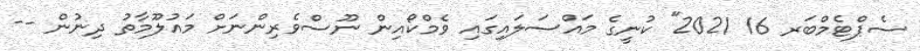
ސެޕްޓެމްބަރ 16 2021" ކުނީގެ މައްސަލައިގައި ވެމްކޯއިން ނޫސްވެރިންނަށް މައުލޫމާތު ދިނުން --